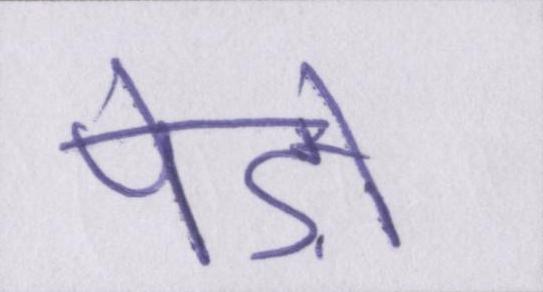
पेड़ों